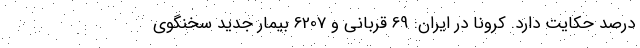
درصد حکایت دارد. کرونا در ایران: 69 قربانی و 6207 بیمار جدید سخنگوی